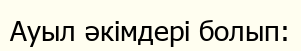
Ауыл әкімдері болып: